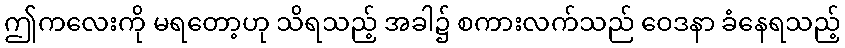
ဤကလေးကို မရတော့ဟု သိရသည့် အခါ၌ စကားလက်သည် ဝေဒနာ ခံနေရသည့်